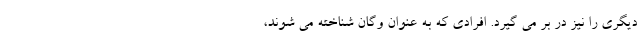
دیگری را نیز در بر می گیرد. افرادی که به عنوان وگان شناخته می شوند،